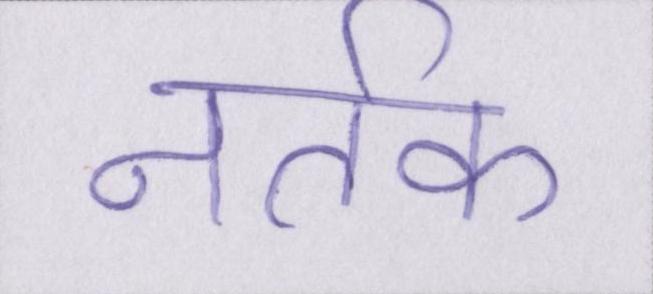
नर्तक